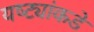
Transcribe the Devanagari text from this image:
यष्ट्यांकडे